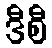
ဒီစီ